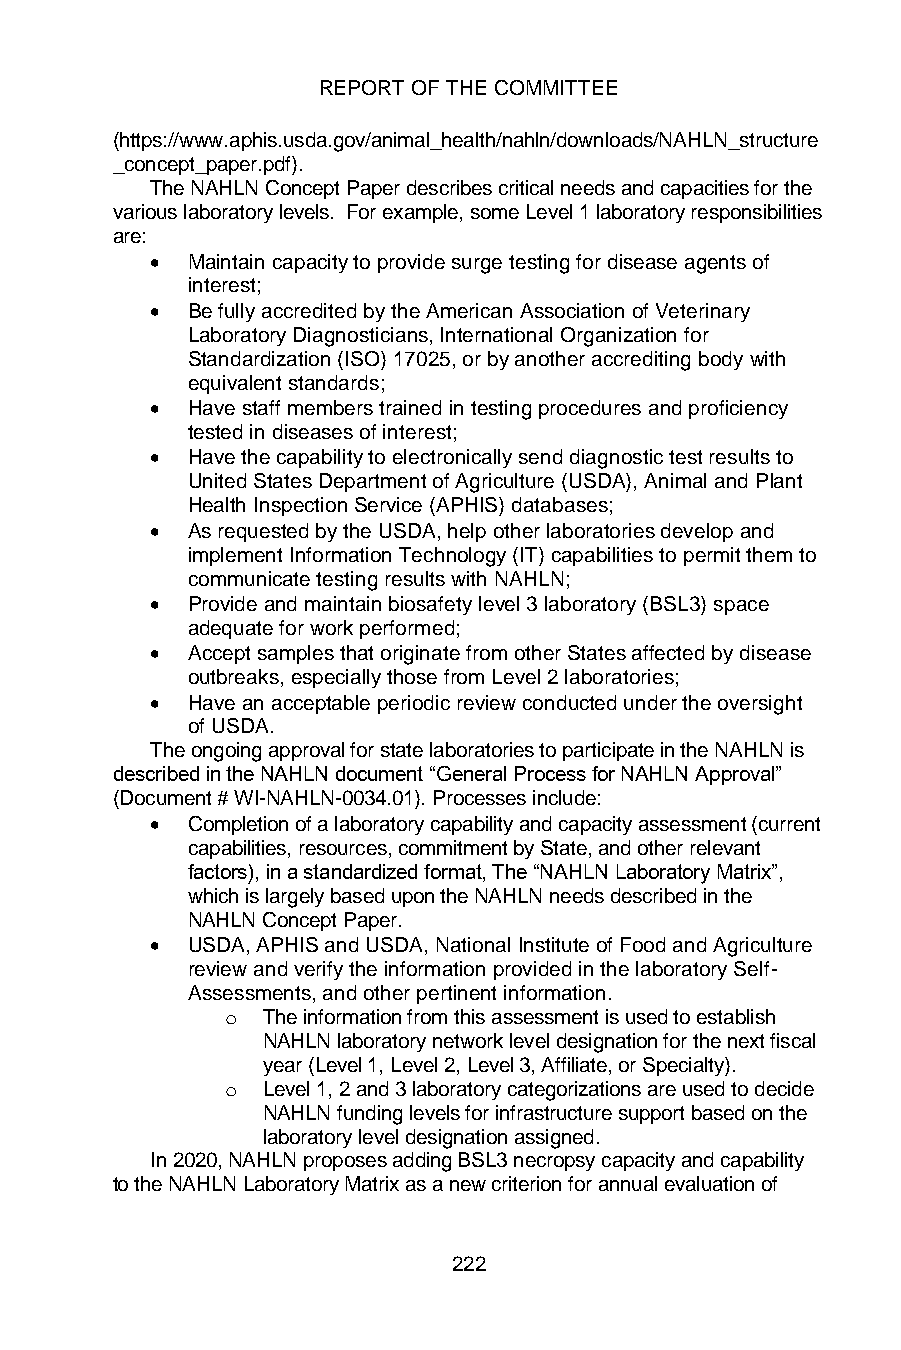
REPORT OF THE COMMITTEE
 (https://www.aphis.usda.gov/animal_health/nahln/downloads/NAHLN_structure
 _concept_paper.pdf).
 The NAHLN Concept Paper describes critical needs and capacities for the
 various laboratory levels. For example, some Level 1 laboratory responsibilities
 are:
 • Maintain capacity to provide surge testing for disease agents of
 interest;
 • Be fully accredited by the American Association of Veterinary
 Laboratory Diagnosticians, International Organization for
 Standardization (ISO) 17025, or by another accrediting body with
 equivalent standards;
 • Have staff members trained in testing procedures and proficiency
 tested in diseases of interest;
 • Have the capability to electronically send diagnostic test results to
 United States Department of Agriculture (USDA), Animal and Plant
 Health Inspection Service (APHIS) databases;
 • As requested by the USDA, help other laboratories develop and
 implement Information Technology (IT) capabilities to permit them to
 communicate testing results with NAHLN;
 • Provide and maintain biosafety level 3 laboratory (BSL3) space
 adequate for work performed;
 • Accept samples that originate from other States affected by disease
 outbreaks, especially those from Level 2 laboratories;
 • Have an acceptable periodic review conducted under the oversight
 of USDA.
 The ongoing approval for state laboratories to participate in the NAHLN is
 described in the NAHLN document “General Process for NAHLN Approval”
 (Document # WI-NAHLN-0034.01). Processes include:
 • Completion of a laboratory capability and capacity assessment (current
 capabilities, resources, commitment by State, and other relevant
 factors), in a standardized format, The “NAHLN Laboratory Matrix”,
 which is largely based upon the NAHLN needs described in the
 NAHLN Concept Paper.
 • USDA, APHIS and USDA, National Institute of Food and Agriculture
 review and verify the information provided in the laboratory Self-
 Assessments, and other pertinent information.
 o The information from this assessment is used to establish
 NAHLN laboratory network level designation for the next fiscal
 year (Level 1, Level 2, Level 3, Affiliate, or Specialty).
 o Level 1, 2 and 3 laboratory categorizations are used to decide
 NAHLN funding levels for infrastructure support based on the
 laboratory level designation assigned.
 In 2020, NAHLN proposes adding BSL3 necropsy capacity and capability
 to the NAHLN Laboratory Matrix as a new criterion for annual evaluation of
 222